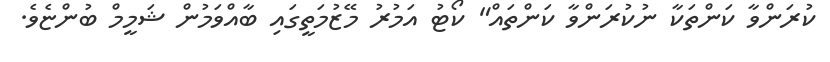
ކުރަންވާ ކަންތަކާ ނުކުރަންވާ ކަންތައް" ކޯޓު އަމުރު މޭޒުމަތީގައި ބާއްވަމުން ޝަމީމް ބުންޏެވެ.